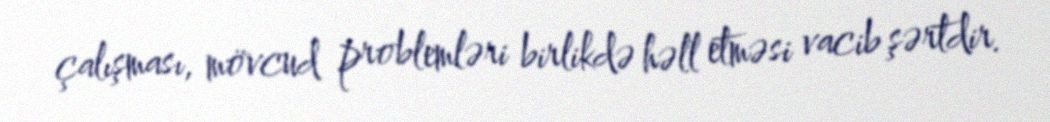
çalışması, mövcud problemləri birlikdə həll etməsi vacib şərtdir.